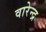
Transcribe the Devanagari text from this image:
वारेन्द्र